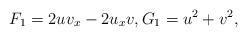
LaTeX: \begin{align*}F_1=2uv_x-2u_xv,G_1=u^2+v^2,\end{align*}